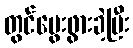
တွင်မွေးဖွားခဲ့ပြီး